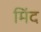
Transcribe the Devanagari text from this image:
मिंद